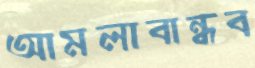
আমলাবান্ধব